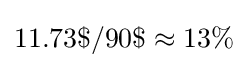
11.73\$/90\$\approx 13\%